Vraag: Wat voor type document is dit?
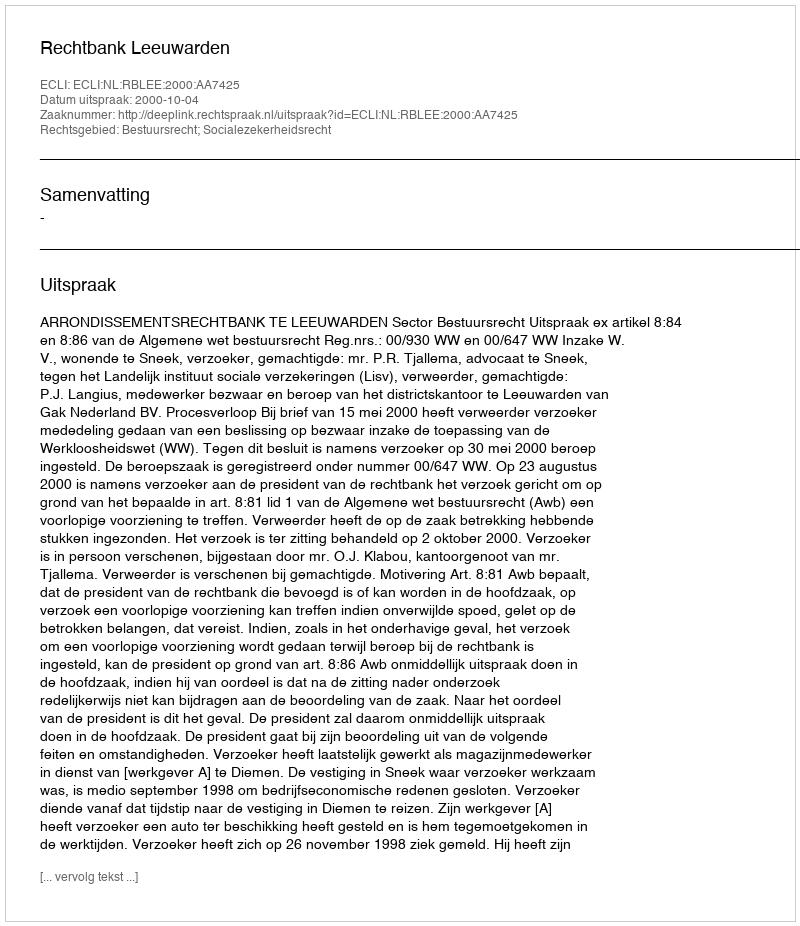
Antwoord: Uitspraak